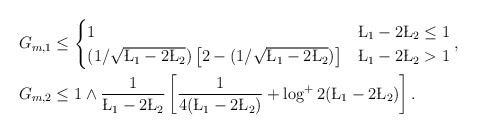
\begin{align*}G_{m,1} &\leq \begin{cases} 1 & \L_1 - 2\L_2 \leq 1\\(1/\sqrt{\L_1 - 2\L_2})\left[ 2 - (1/\sqrt{\L_1-2\L_2}) \right] & \L_1 - 2\L_2 > 1\end{cases},\\G_{m,2} &\leq 1 \wedge \frac{1}{\L_1 - 2\L_2} \left[ \frac{1}{4(\L_1 - 2\L_2)} + \log^+2(\L_1 - 2\L_2) \right].\end{align*}